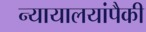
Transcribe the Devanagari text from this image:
न्यायालयांपैकी